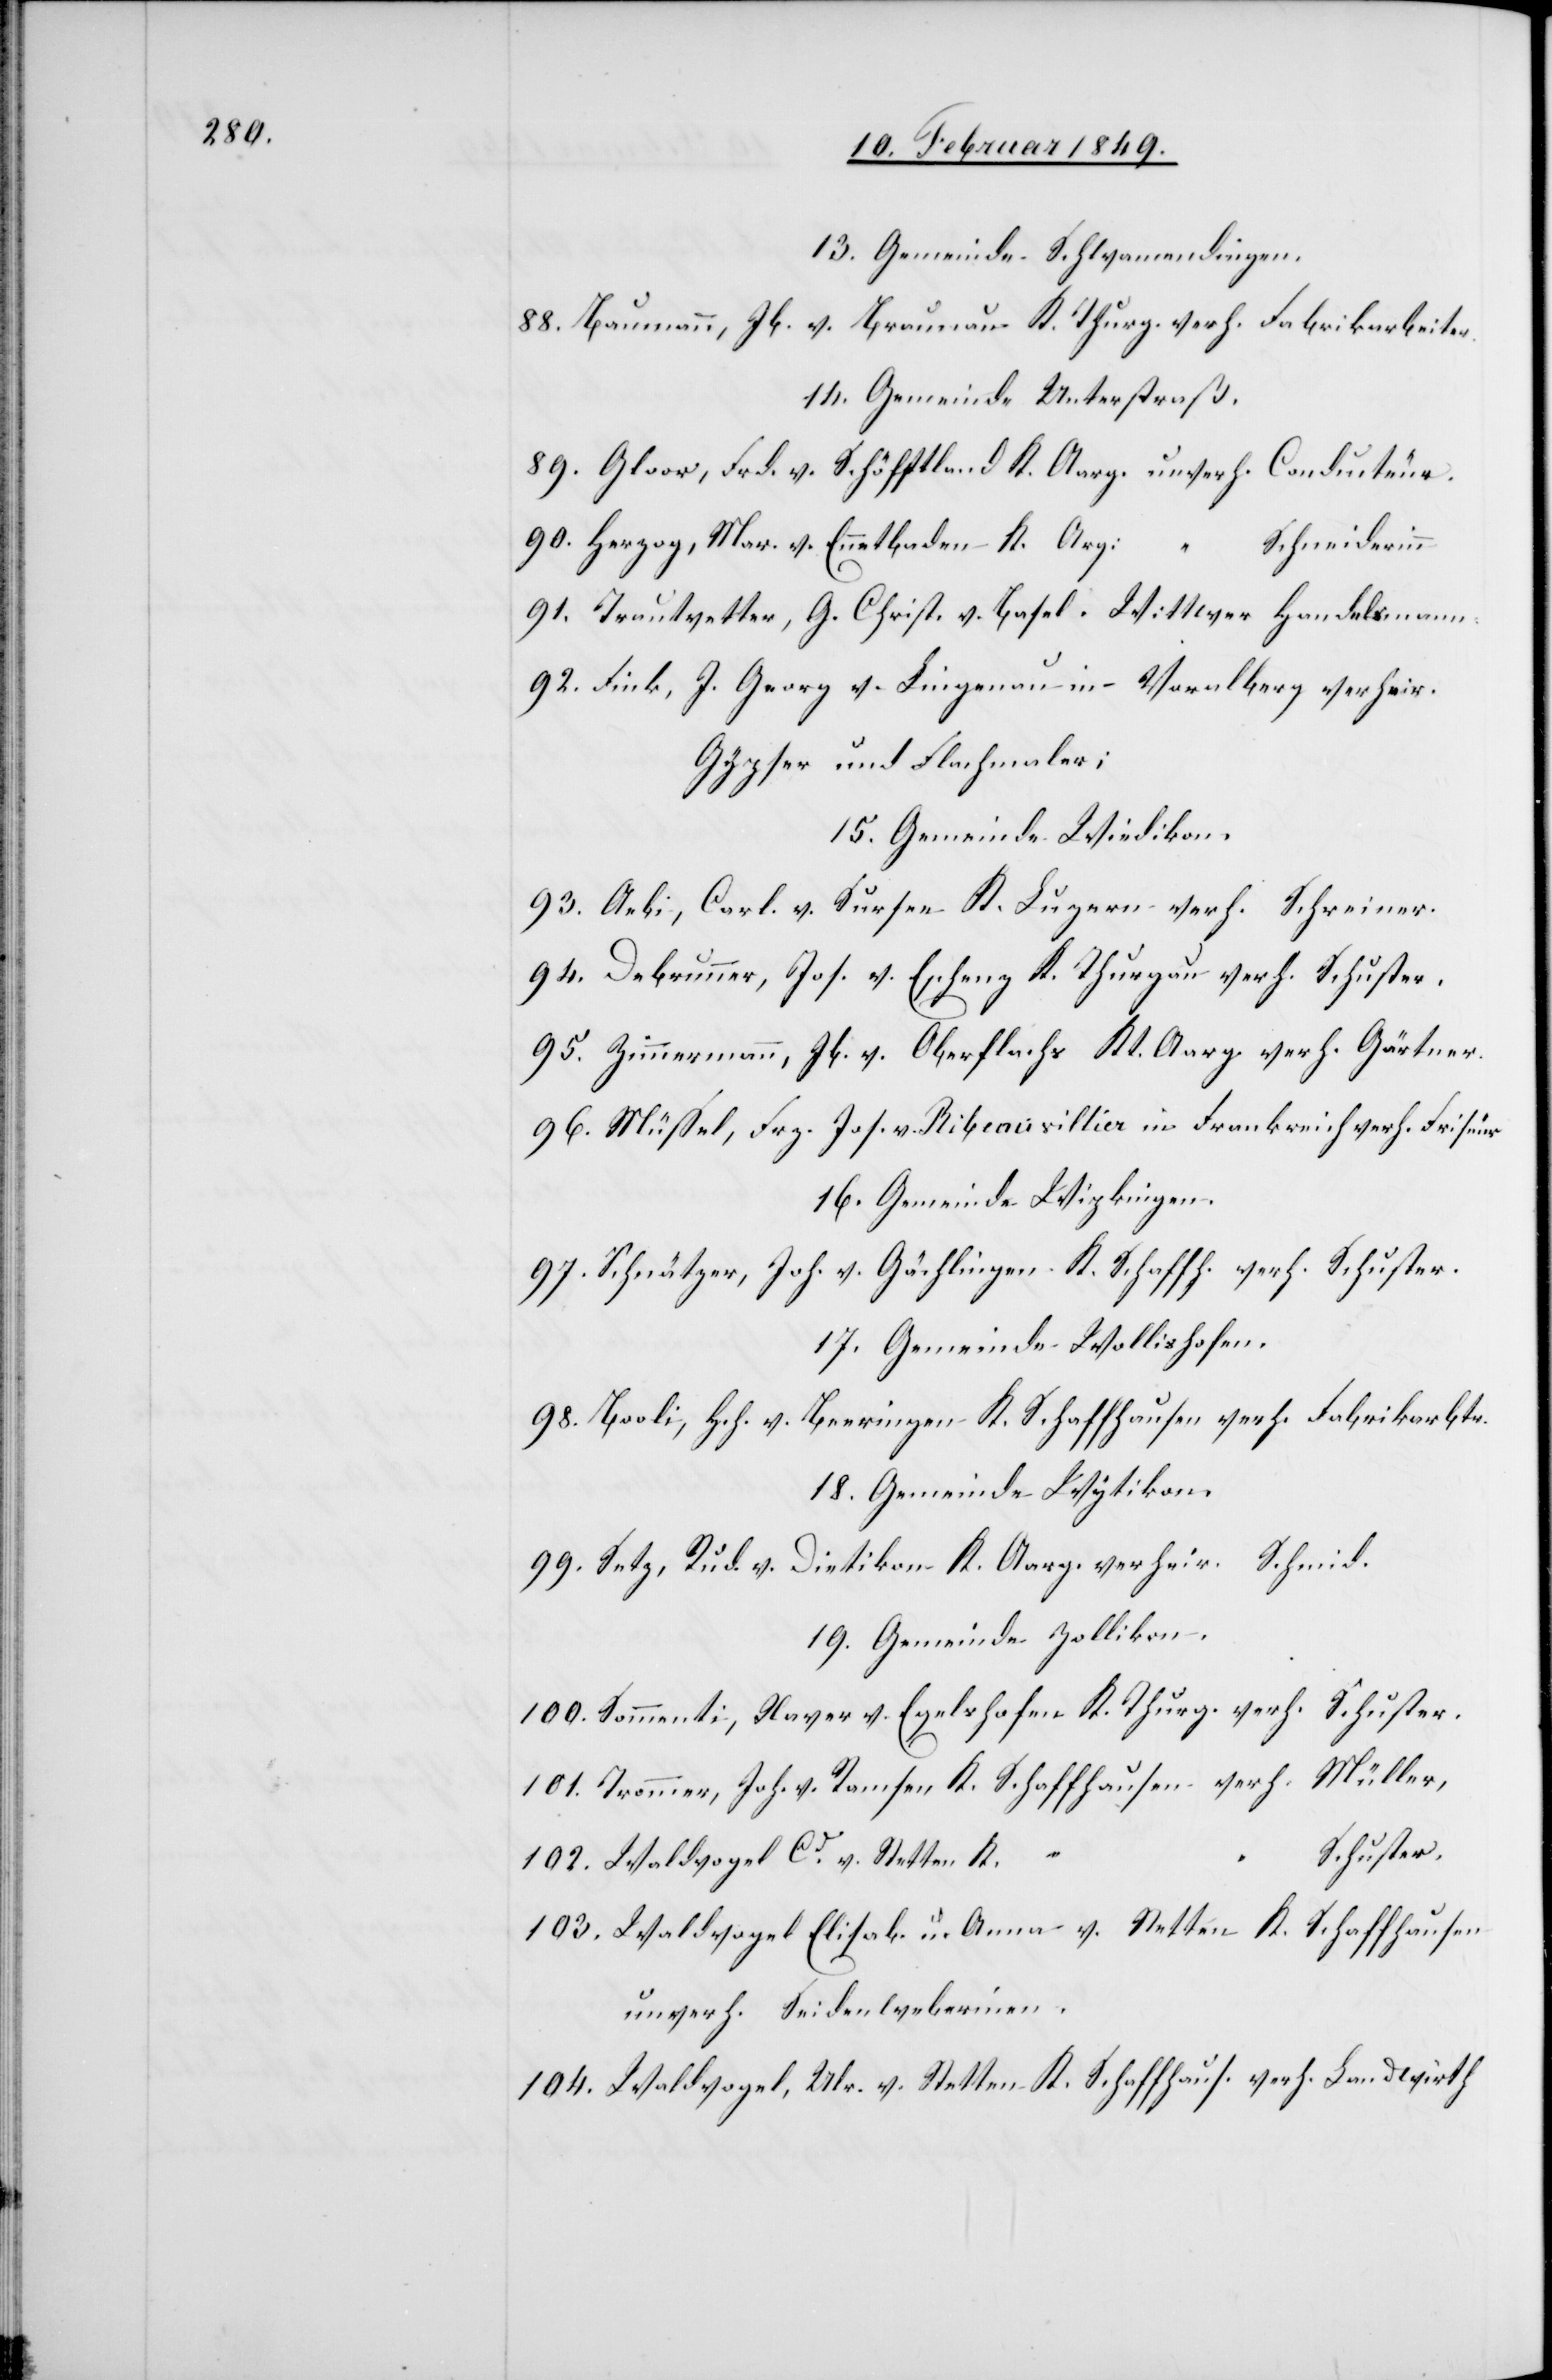
13. Gemeinde Schwamendingen.
88. Baumann, Jb. v. Braunau K. Thurg. verh. Fabrikarbeiter.
14. Gemeinde Unterstraß.
89. Gloor, Frd. v. Schöfftland K. Aarg. unverh. Conducteur.
90. Herzog, Mar. v. Ennetbaden K. Arg:
Schneiderinn
91. Trautvetter, G. Christ. v. Basel. Wittwer Handelsmann.
92. Fink, J. Georg v. Lingenau in Vorarlberg verheir.
Gypser und Flachmaler;
15. Gemeinde Wiedikon.
93. Aebi, Carl. v. Sursee K. Luzern verh. Schreiner.
94. Debrunner, Jos. v. Eschenz K. Thurgau verh. Schuster.
95. Zimmermann, Jb. v. Oberflachs Kt. Aarg. verh. Gärtner.
96. Müssel, Frz. Jos. v. Ribeauvillier in Frankreich verh. Friseur
16. Gemeinde Wipkingen.
97. Schnätzer, Joh. v. Gächlingen K. Schaffh. verh. Schuster.
17. Gemeinde Wollishofen.
98. Booli, Hch. v. Beeringen K. Schaffhausen verh. Fabrikarbtr.
18. Gemeinde Wytikon.
99. Setz, Rud. v. Dietikon K. Aarg. verheir. Schmid.
19. Gemeinde Zollikon.
Schuster.
100. Sommenti, Xaver v. Egelshofen K. Thurg. verh.
101. Trommer, Joh. v. Ramsen K. Schaffhausen verh. Müller,
102. Waldvogel Cd. v. Stetten K. “
103. Waldvogel Elisab. u. Anna v. Stetten K. Schaffhausen
unverh. Seidenweberinen.
104. Waldvogel, Ulr. v. Stetten K. Schaffhaus. verh. Landwirth